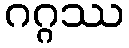
ဂဂ္ဂဿ